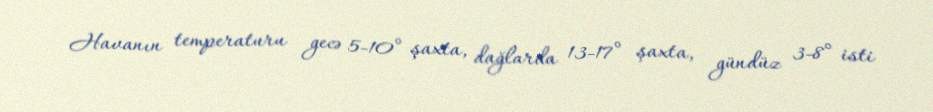
Havanın temperaturu gecə 5-10° şaxta, dağlarda 13-17° şaxta, gündüz 3-8° isti